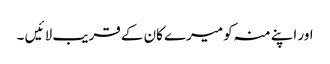
اور اپنے منہ کو میرے کان کے قریب لا ئیں ۔